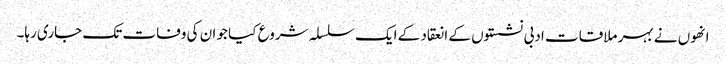
انھوں نے بہر ملاقات ادبی نشستوں کے انعقاد کے ایک سلسلہ شروع کیا جو ان کی وفات تک جاری رہا۔